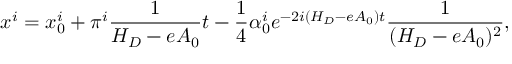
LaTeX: x ^ { i } = x _ { 0 } ^ { i } + \pi ^ { i } \frac 1 { H _ { D } - e A _ { 0 } } t - \frac 1 4 \alpha _ { 0 } ^ { i } e ^ { - 2 i ( H _ { D } - e A _ { 0 } ) t } \frac 1 { ( H _ { D } - e A _ { 0 } ) ^ { 2 } } ,